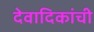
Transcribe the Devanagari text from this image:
देवादिकांची